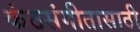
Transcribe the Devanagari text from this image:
कंठसंगीतासाठी